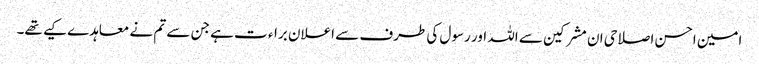
امین احسن اصلاحی ان مشرکین سے اللہ اور رسول کی طرف سے اعلان براء ت ہے جن سے تم نے معاہدے کیے تھے۔